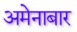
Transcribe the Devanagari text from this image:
अमेनाबार